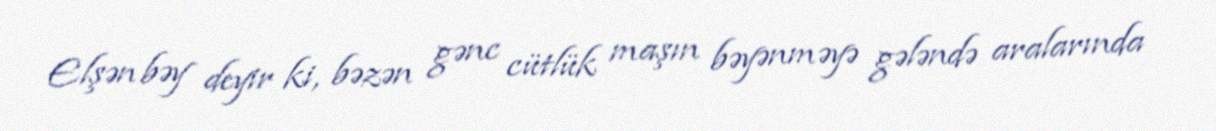
Elşən bəy deyir ki, bəzən gənc cütlük maşın bəyənməyə gələndə aralarında